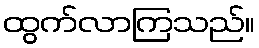
ထွက်လာကြသည်။